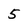
Character: 5